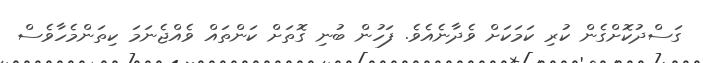
ގަސްދުކޮށްގެން ކުރި ކަމަކަށް ވެދާނެއެވެ. ފަހުން ބުނި ގޮތަށް ކަންތައް ވެއްޖެނަމަ ކިތަންމެހާވެސް